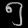
Digit: ၅